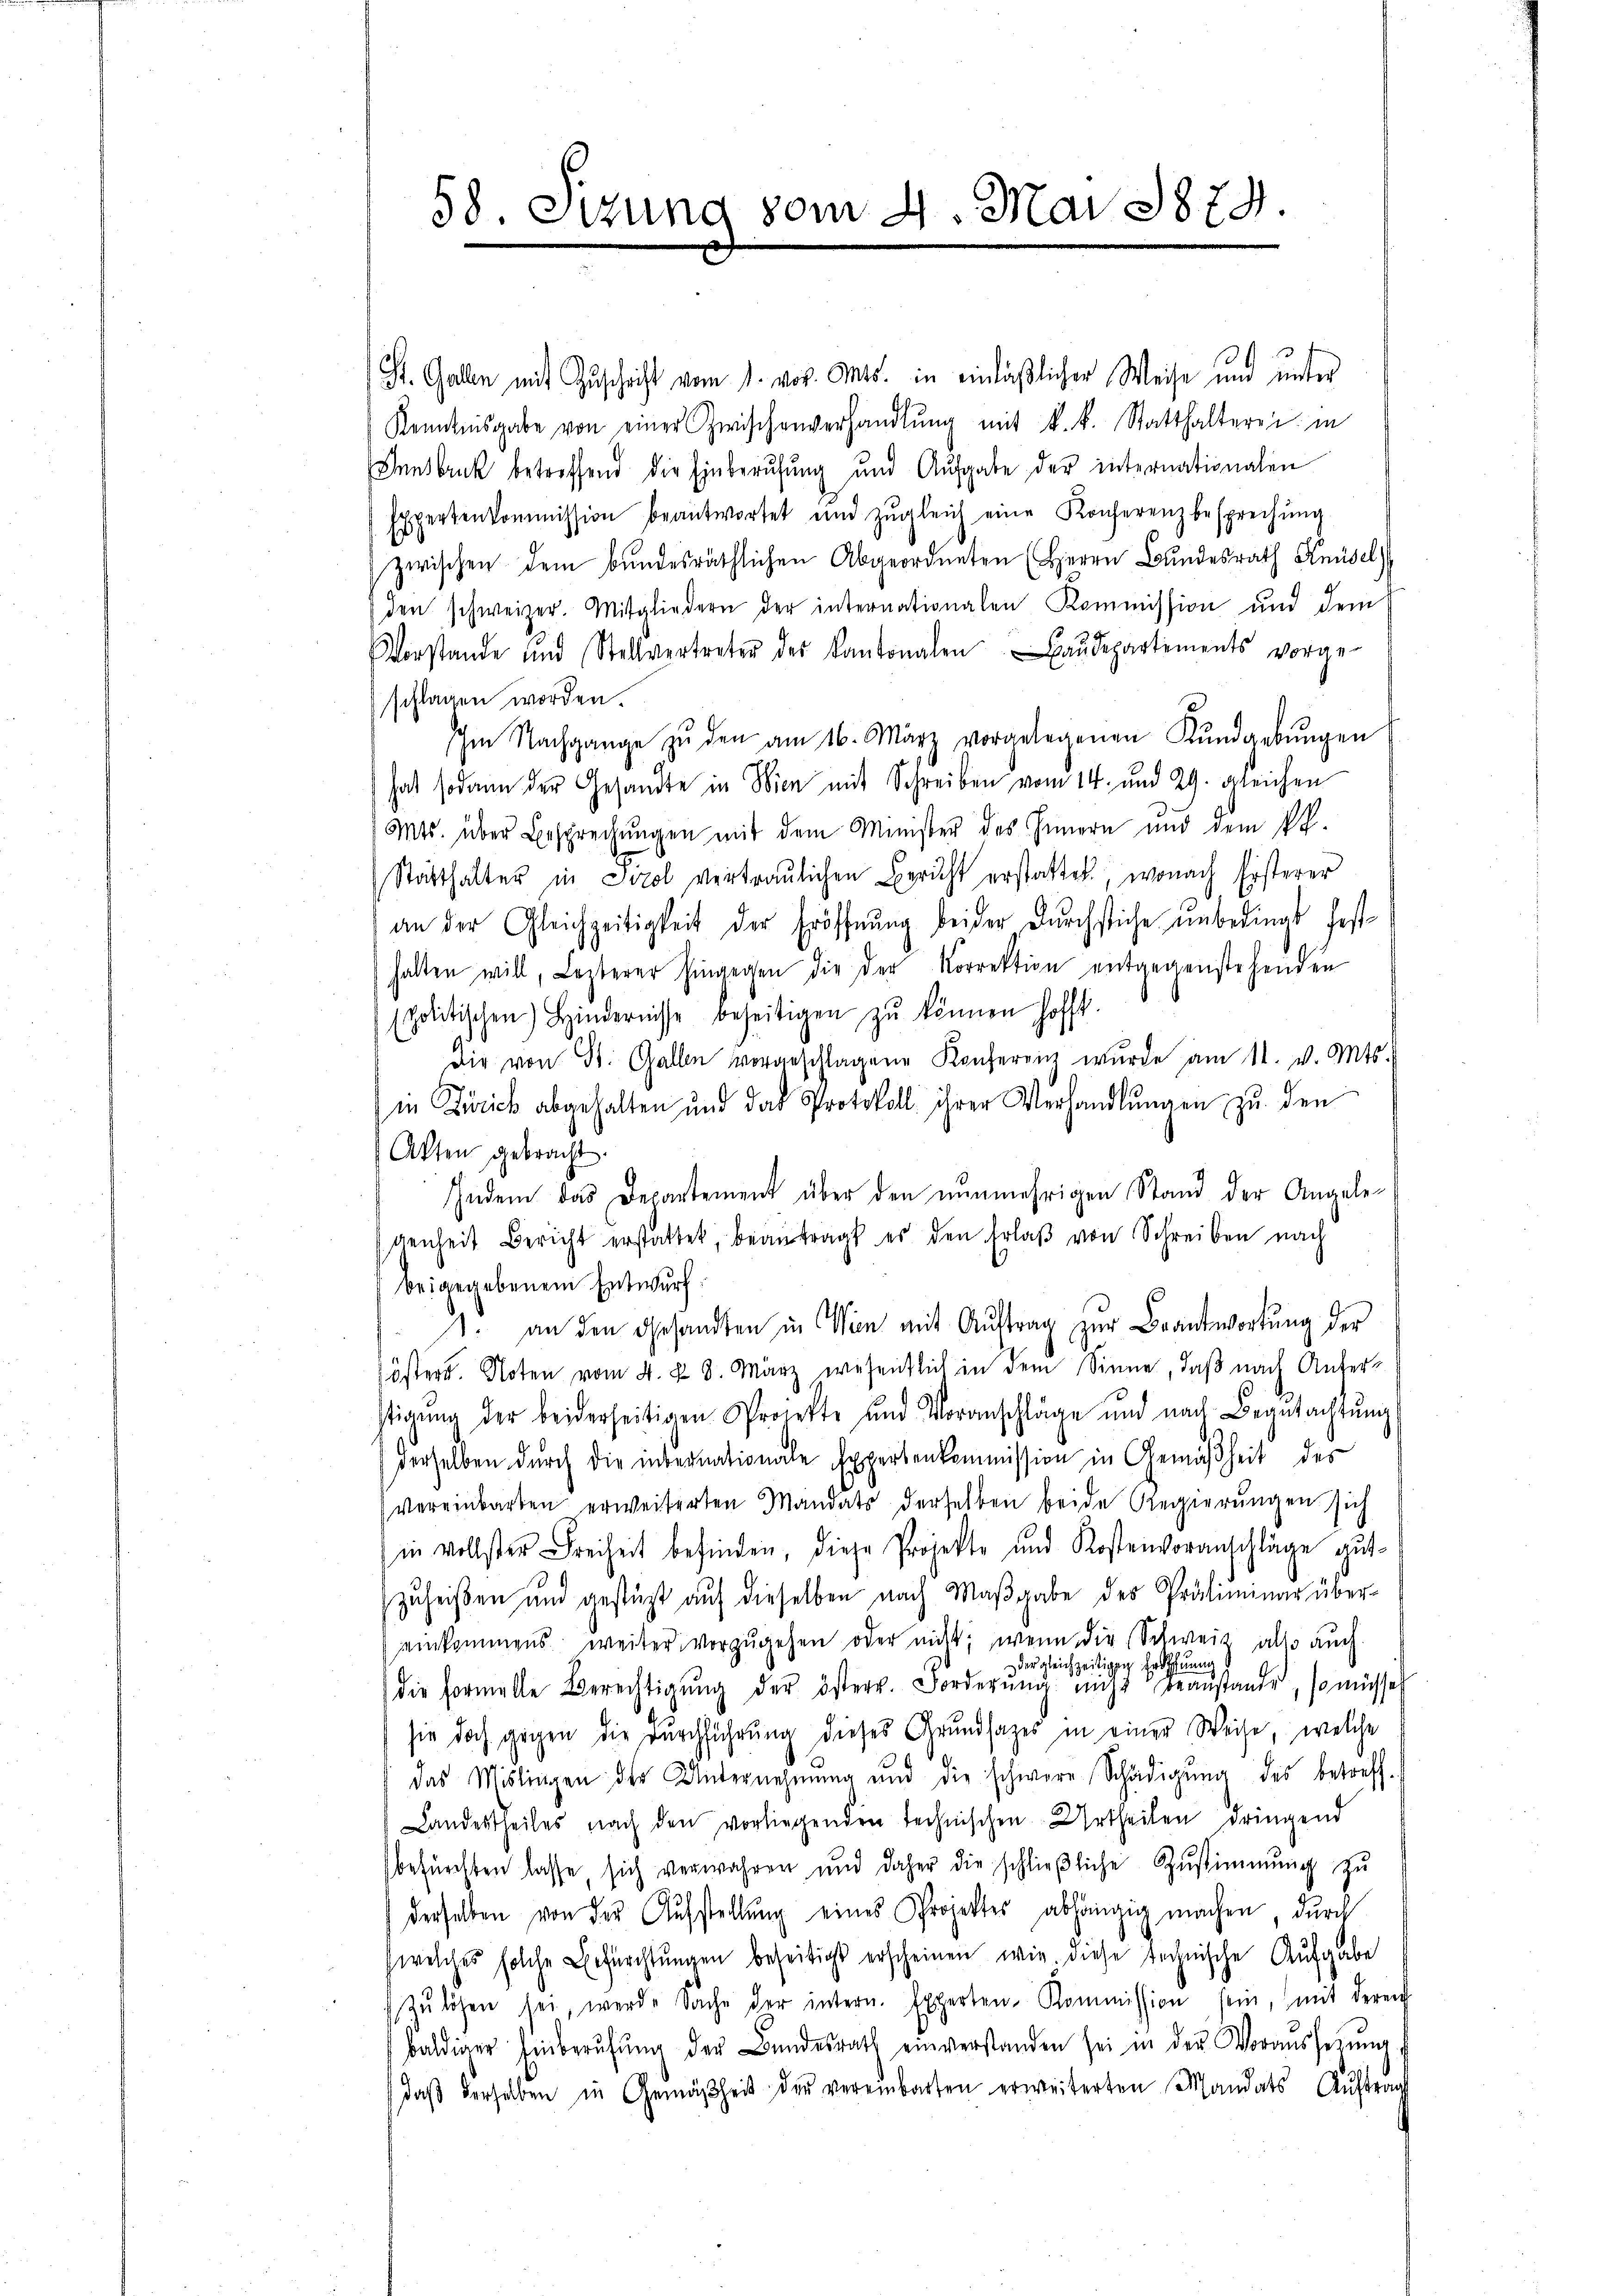
58. Sizung vom 4. Mai 1879

St. Gallen mit Zuschrift vom 1. vor. Mts. in einläßlicher Weise und unter
Kenntnisgabe von einer Zwischenverhandlŭng mit k. k. Statthalterei in
Innsbruk betreffend die Einberufung und Aufgabe der internationalen
Expertenkommission beantwortet und zŭgleich eine Konferenzbesprechŭng
zwischen dem bundesräthlichen Abgeordneten (Herrn Bundesrath Knüsel
den schweizer. Mitgliedern der internationalen Kommission und dem
Vorstande und Stellvertreter des Kantonalen Baŭdepartements vorge-
schlagen worden.
Im Nachgange zŭ den am 16. März vorgelegenen Kundgebŭngen
hat sodann der Gesandte in Wien mit Schreiben vom 14. und 29. gleichen
Mts. über Besprechungen mit dem Minister des Innern und dem PR.
Statthalter in Tirol vertraulichen Bericht erstattet, wonach Ersterer
an der Gleichzeitigkeit der Eröffnung beider Durchstiche unbedingt festhalten will, Lezterer hingegen die der Korrektion entgegenstehenden
spolitischen Hindernisse beseitigen zŭ können hofft.
die von St. Gallen vorgeschlagene Konferenz wurde am 11. v. Mts.
in Zürich abgehalten und das Protokoll ihrer Verhandlŭngen zu den
Akten gebracht.
Indem das Departement über den nunmehrigen Stand der Angelegenheit Bericht erstattet, beantragt es den Erlaβ von Schreiben nach
beigegebenen Entwurf.
1. an den Gesandten in Wien mit Auftrag zur Beantwortung der
öster. Noten vom 4. §. 8. März wesentlich in dem Sinne, daß nach Unterstigung der beiderseitigen Projekte und Voranschläge und nach Begutachtŭng
derselben durch die internationale Expertenkommission in Gemäßheit des
vereinbarten erweiterten Mandats derselben beide Regierungen sich
in vollster Freiheit befinden, diese Projekte und Kostenvoranschläge gutzuheißen und gestüzt aŭf dieselben nach Maβgabe des Präliminar über-
einkommens weiter vorzŭgehen oder nicht, wenn die Schweiz also auch
der gleichzeitigen Eröffnung
die formelle Berechtigŭng der österr. Forderŭng nicht beanstande, so müsse
sie doch gegen die Durchführung dieses Grundsatzes in einer Weise, welche
das Mislingen der Unternehmung und die schwere Schädigŭng des betreff
Landertheiles nach den vorliegenden technischen Urtheilen dringend
befürchten lasse sich verwahren und daher die schlieβliche Zŭstimmung zŭ
derselben von der Aufstellŭng eines Projektes abhängig machen, durch
welches solche Befürchtŭngen beseitigt erscheinen wie diese technische Aufgabe
zulösen sei, werde Sache der intern. Experten-Kommission sein, mit deren
baldiger Einberŭfŭng der Bundesrath einverstanden sei in den Vorausserŭng f
daβ derselben in Gemäßheit der vereinbarten erweiterten Mandats Auftrag